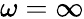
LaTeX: \omega=\infty